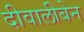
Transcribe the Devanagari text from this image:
दीवालीबेन